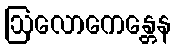
ဩလောကေန္တေန